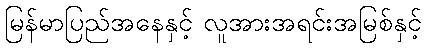
မြန်မာပြည်အနေနှင့် လူအားအရင်းအမြစ်နှင့်